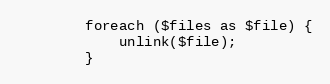
Language: PHP
        foreach ($files as $file) {
            unlink($file);
        }